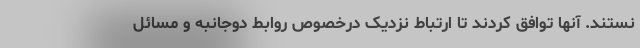
نستند. آنها توافق کردند تا ارتباط نزدیک درخصوص روابط دوجانبه و مسائل